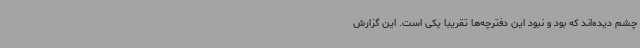
چشم دیده‌اند که بود و نبود این دفترچه‌ها تقریبا یکی است. این گزارش